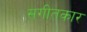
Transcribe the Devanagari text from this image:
सगीतकार